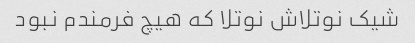
شیک نوتلاش نوتلا که هیچ فرمندم نبود